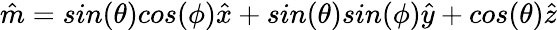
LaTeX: \hat{m}=sin(\theta)cos(\phi)\hat{x}+sin(\theta)sin(\phi)\hat{y}+cos(\theta)\hat{z}